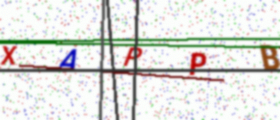
Text: XAPPB